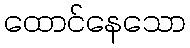
ထောင်နေသော